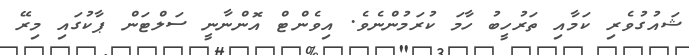
ޝައުގުވެރި ކަމާއި ތަރުހީބު ހާމަ ކުރަމުންނެވެ. އިވެންޓް އޮންނާނީ ސަލްޓަން ޕާކުގައި މިރޭ